Indian journal of veterinary science and animal husbandry - Volume 13,
Year: 1943
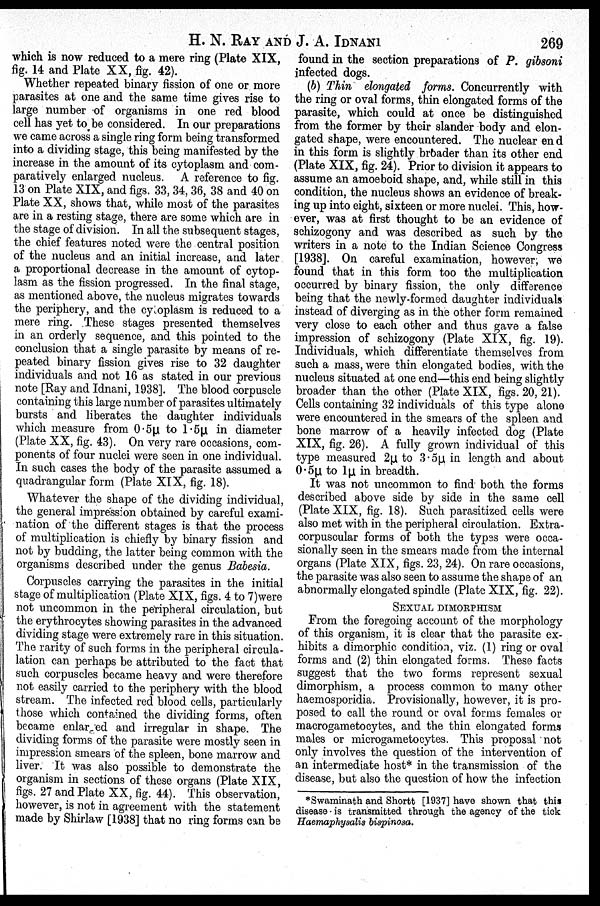
H. N. RAY AND J. A. IDNANI 269
which is now reduced to a mere ring (Plate XIX,
fig. 14 and Plate XX, fig. 42).
Whether repeated binary fission of one or more
parasites at one and the same time gives rise to
large number of organisms in one red blood
cell has yet to be considered. In our preparations
we came across a single ring form being transformed
into a dividing stage, this being manifested by the
increase in the amount of its cytoplasm and com-
paratively enlarged nucleus. A reference to fig.
13 on Plate XIX, and figs. 33, 34, 36, 38 and 40 on
Plate XX, shows that, while most of the parasites
are in a resting stage, there are some which are in
the stage of division. In all the subsequent stages,
the chief features noted were the central position
of the nucleus and an initial increase, and later
a proportional decrease in the amount of cytop-
lasm as the fission progressed. In the final stage,
as mentioned above, the nucleus migrates towards
the periphery, and the cytoplasm is reduced to a
mere ring. These stages presented themselves
in an orderly sequence, and this pointed to the
conclusion that a single parasite by means of re-
peated binary fission gives rise to 32 daughter
individuals and not 16 as stated in our previous
note [Ray and Idnani, 1938]. The blood corpuscle
containing this large number of parasites ultimately
bursts and liberates the daughter individuals
which measure from 0.5µ to 1.5µ in diameter
(Plate XX, fig. 43). On very rare occasions, com-
ponents of four nuclei were seen in one individual.
In such cases the body of the parasite assumed a
quadrangular form (Plate XIX, fig. 18).
Whatever the shape of the dividing individual,
the general impression obtained by careful exami-
nation of the different stages is that the process
of multiplication is chiefly by binary fission and
not by budding, the latter being common with the
organisms described under the genus Babesia.
Corpuscles carrying the parasites in the initial
stage of multiplication (Plate XIX, figs. 4 to 7)were
not uncommon in the peripheral circulation, but
the erythrocytes showing parasites in the advanced
dividing stage were extremely rare in this situation.
The rarity of such forms in the peripheral circula-
--tion can perhaps be attributed to the fact that
such corpuscles became heavy and were therefore
not easily carried to the periphery with the blood
stream. The infected red blood cells, particularly
those which contained the dividing forms, often
became enlarged and irregular in shape. The
dividing forms of the parasite were mostly seen in
impression smears of the spleen, bone marrow and
liver. It was also possible to demonstrate the
organism in sections of these organs (Plate XIX,
figs. 27 and Plate XX, fig. 44). This observation,
however, is not in agreement with the statement
made by Shirlaw [1938] that no ring forms can be
found in the section preparations of P. gibsoni
infected dogs.
(b) Thin elongated forms. Concurrently with
the ring or oval forms, thin elongated forms of the
parasite, which could at once be distinguished
from the former by their slander body and elon-
gated shape, were encountered. The nuclear end
in this form is slightly brbader than its other end
(Plate XIX, fig. 24). Prior to division it appears to
assume an amoeboid shape, and, while still in this
condition, the nucleus shows an evidence of break-
ing up into eight, sixteen or more nuclei. This, how-
ever, was at first thought to be an evidence of
schizogony and was described as such by the
writers in a note to the Indian Science Congress
[1938]. On careful examination, however; we
found that in this form too the multiplication
occurred by binary fission, the only difference
being that the newly-formed daughter individuals
instead of diverging as in the other form remained
very close to each other and thus gave a false
impression of schizogony (Plate XIX, fig. 19).
Individuals, which differentiate themselves from
such a mass, were thin elongated bodies, with the
nucleus situated at one end—this end being slightly
broader than the other (Plate XIX, figs. 20, 21).
Cells containing 32 individuals of this type alone
were encountered in the smears of the spleen and
bone marrow of a heavily infected dog (Plate
XIX, fig. 26). A fully grown individual of this
type measured 2µ to 3.5µ in length and about
0.5µ to 1µ in breadth.
It was not uncommon to find both the forms
described above side by side in the same cell
(Plate XIX, fig. 18). Such parasitized cells were
also met with in the peripheral circulation. Extra-
corpuscular forms of both the types were occa-
sionally seen in the smears made from the internal
organs (Plate XIX, figs. 23, 24). On rare occasions,
the parasite was also seen to assume the shape of an
abnormally elongated spindle (Plate XIX, fig. 22).
SEXUAL DIMORPHISM
From the foregoing account of the morphology
of this organism, it is clear that the parasite ex-
hibits a dimorphic condition, viz. (1) ring or oval
forms and (2) thin elongated forms. These facts
suggest that the two forms represent sexual
dimorphism, a process common to many other
haemosporidia. Provisionally, however, it is pro-
posed to call the round or oval forms females or
macrogametocytes, and the thin elongated forms
males or microgametocytes. This proposal not
only involves the question of the intervention of
an intermediate host* in the transmission of the
disease, but also the question of how the infection
*Swaminath and Shortt [1937] have shown that this
disease is transmitted through the agency of the tick
Haemaphysalis bispinosa.